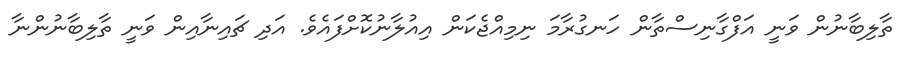
ތާލިބާނުން ވަނީ އަފްގާނިސްތާން ހަނގުރާމަ ނިމިއްޖެކަން އިއުލާނުކޮށްފައެވެ. އަދި ޗައިނާއިން ވަނީ ތާލިބާނުންނާ